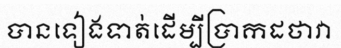
បានទៀងទាត់ដើម្បីប្រាកដថាវា